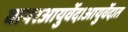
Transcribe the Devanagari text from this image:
वापरआयुर्वेद।आयुर्वेदात